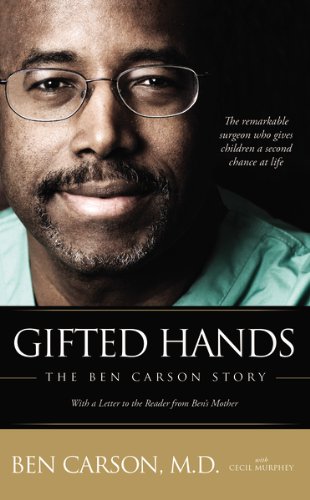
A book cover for Gifted Hands: The Ben Carson Story; Ben Carson; Biographies & Memoirs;